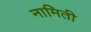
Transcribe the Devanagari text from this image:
नामिती